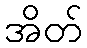
အိတ်